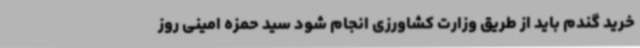
خرید گندم باید از طریق وزارت کشاورزی انجام شود سید حمزه امینی روز